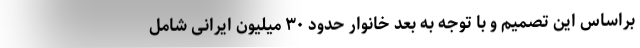
براساس این تصمیم و با توجه به بعد خانوار حدود ۳۰ میلیون ایرانی شامل